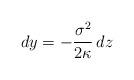
LaTeX: \begin{align*}dy = -\frac{\sigma^2}{2\kappa}\,dz\end{align*}